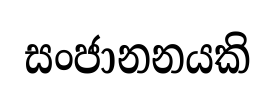
සංජානනයකි